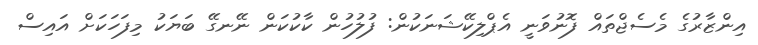
އިންޒާރުގެ މެސެޖްތައް ފޮނުވަނީ އެޕްލިކޭޝަނަކުން: ފުލުހުން ކާކުކަން ނޭނގޭ ބަޔަކު މިފަހަކަށް އައިސް